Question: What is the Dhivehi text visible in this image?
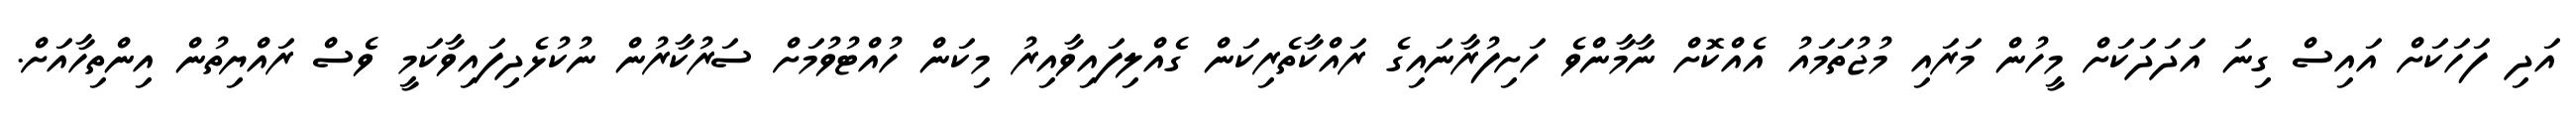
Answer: އަދި ފަހަކަށް އައިސް ގިނަ އަދަދަކަށް މީހުން މަރައި މުޖުތަމައު އެއްކޮށް ނާމާންވެ ހަށިފުރާނައިގެ ރައްކާތެރިކަން ގެއްލިފައިވާއިރު މިކަން ހުއްޓުވުމަށް ސަރުކާރުން ނުކުޅެދިފައިވާކަމީ ވެސް ރައްޔިތުން އިންތިހާއަށް.